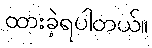
ထားခဲ့ရပါတယ်။